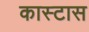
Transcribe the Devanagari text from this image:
कास्टास